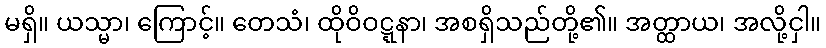
မရှိ။ ယသ္မာ၊ ကြောင့်။ တေသံ၊ ထိုဝိဝဋ္ဋနာ၊ အစရှိသည်တို့၏။ အတ္ထာယ၊ အလို့ငှါ။